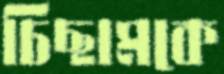
চিছামকে